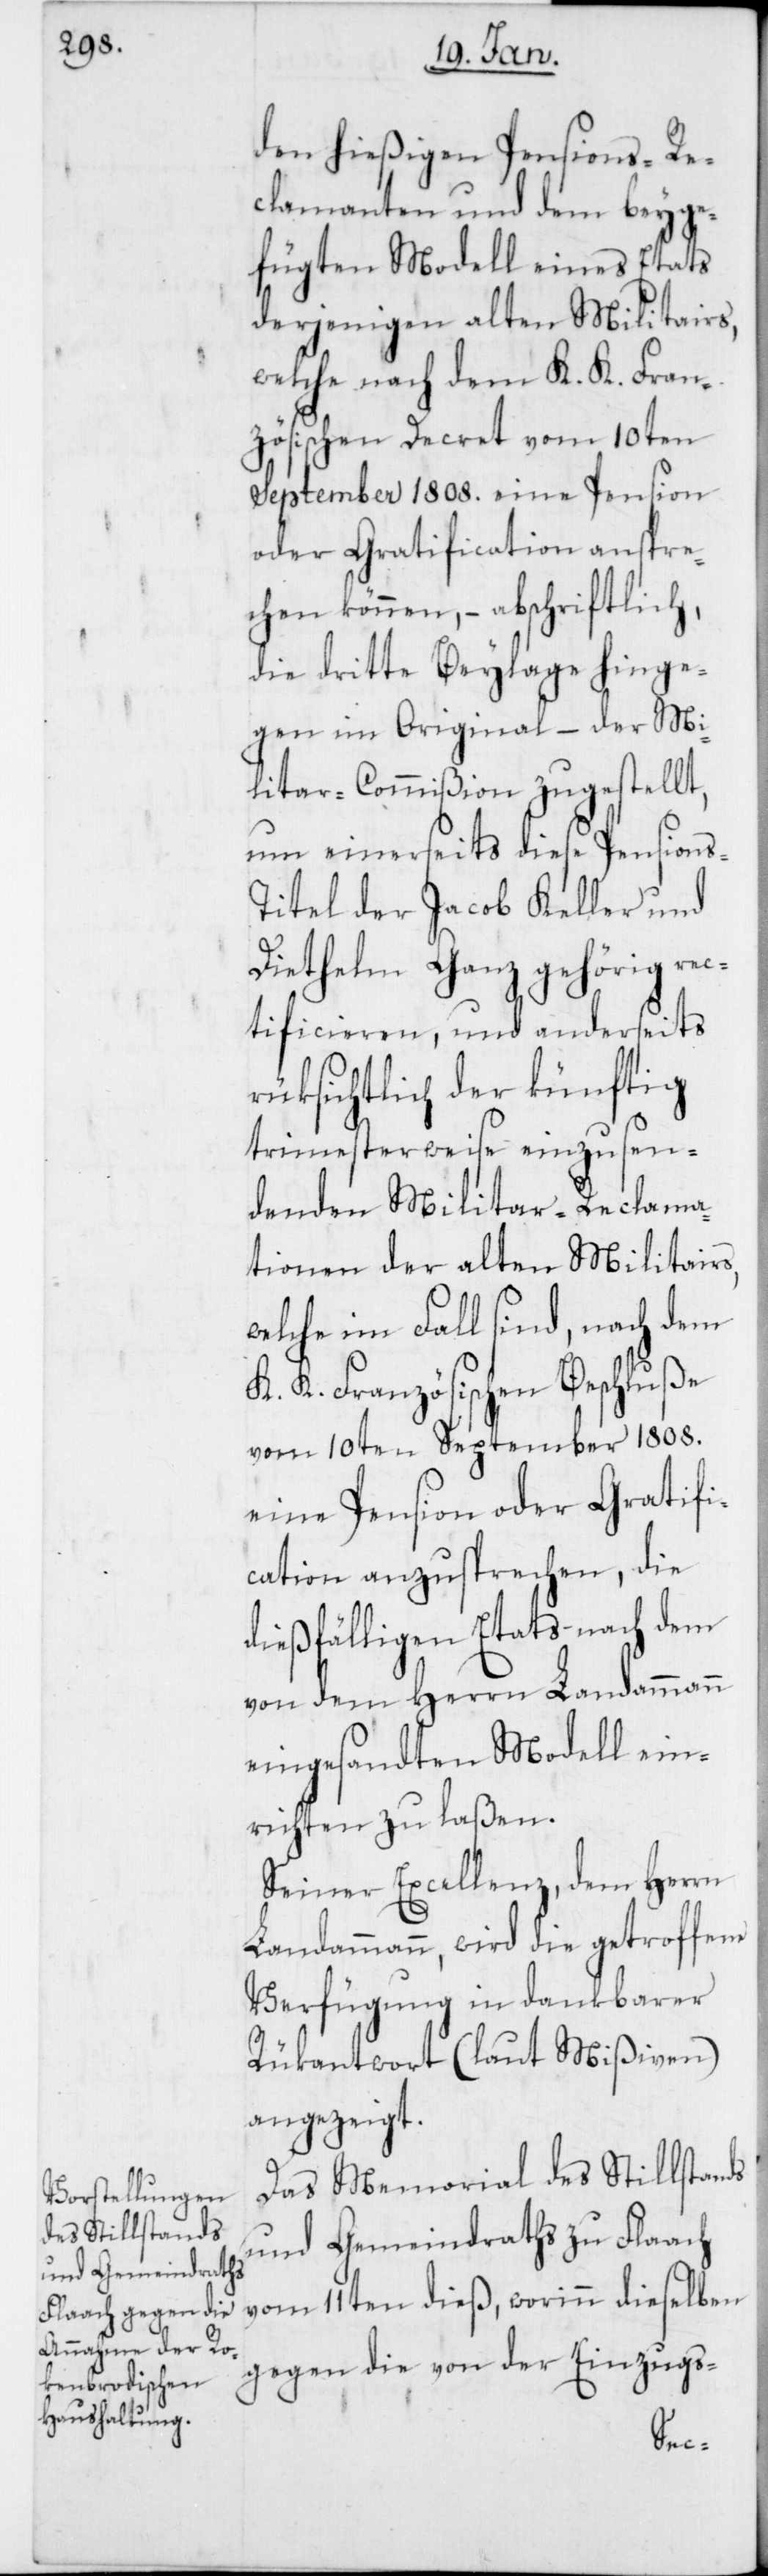
den hießigen Pensions-Re¬
clamanten und dem beyge¬
fügten Modell eines Etats
derjenigen alten Militairs,
welche nach dem K. K. Fran¬
zösischen Decret vom 10ten
September 1808. eine Pension
oder Gratification anspre¬
chen können, – abschriftlich,
die dritte Beylage hinge¬
gen im Original, – der Mi¬
litar-Commißion zugestellt,
um einerseits diese Pension¬
s-Titel der Jacob Keller und
Diethelm Ganz gehörig rec¬
tificieren, und anderseits
rüksichtlich der künftig
trimesterweise einzusen¬
denen Militar-Reclama¬
tionen der alten Militairs,
welche im Fall sind, nach dem
K. K. Französischen Beschluße
vom 10ten September 1808.
eine Pension oder Gratifi¬
cation anzusprechen, die
dießfälligen Etats nach dem
von dem Herren Landammann
eingesandten Modell ein¬
richten zu laßen.
Seiner Excellenz, dem Herrn
Landammann, wird die getroffene
Verfügung in dankbarer
Rükantwort (laut Mißiven)
angezeigt.
Das Memorial des Stillstands
und Gemeindraths zu Flaach
vom 11ten dieß, worinn dieselben
gegen die von der Einzugs-